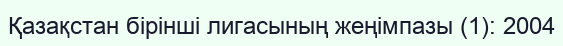
Қазақстан бірінші лигасының жеңімпазы (1): 2004